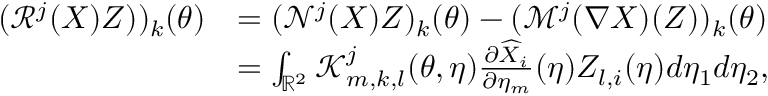
\begin{array} { r l } { ( \mathcal { R } ^ { j } ( \boldsymbol { X } ) Z ) ) _ { k } ( { \boldsymbol { \theta } } ) } & { = ( \mathcal { N } ^ { j } ( \boldsymbol { X } ) Z ) _ { k } ( { \boldsymbol { \theta } } ) - ( \mathcal { M } ^ { j } ( \nabla \boldsymbol { X } ) ( Z ) ) _ { k } ( { \boldsymbol { \theta } } ) } \\ & { = \int _ { { \mathbb { R } ^ { 2 } } } \mathcal { K } _ { m , k , l } ^ { j } ( { \boldsymbol { \theta } } , { \boldsymbol { \eta } } ) \frac { \partial \widehat { X } _ { i } } { \partial \eta _ { m } } ( { \boldsymbol { \eta } } ) Z _ { l , i } ( { \boldsymbol { \eta } } ) d \eta _ { 1 } d \eta _ { 2 } , } \end{array}